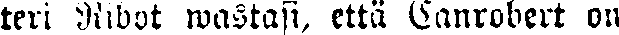
teri Ribot wastasi, että Canrobert on